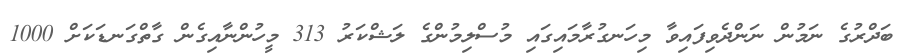
ބަދްރުގެ ނަމުން ނަންދެވިފައިވާ މިހަނގުރާމައިގައި މުސްލިމުންގެ ލަޝްކަރު 313 މީހުންނާއިގެން ގާތްގަނޑަކަށް 1000